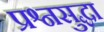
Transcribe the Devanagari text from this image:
प्रश्नसुद्धा